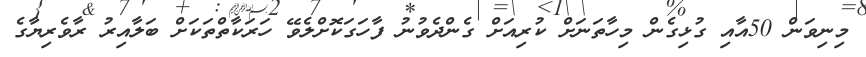
މިނިވަން 50އާއި ގުޅިގެން މިހާތަނަށް ކުރިއަށް ގެންދެވުނު ފާހަގަކޮށްލެވޭ ހަރަކާތްތަކަށް ބަލާއިރު ރާވެރިޔާގެ